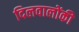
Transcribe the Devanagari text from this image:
दिलवालोंकी